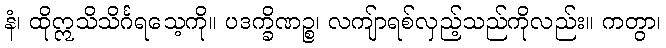
နံ၊ ထိုဣသိသိင်္ဂရသေ့ကို။ ပဒက္ခိဏဉ္စ၊ လကျ်ာရစ်လှည့်သည်ကိုလည်း။ ကတွာ၊